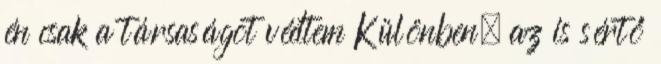
én csak a társaságot védtem Különben, az is sértő